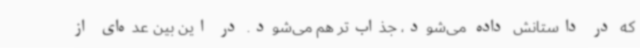
که در داستانش داده می‌شود، جذاب‌تر هم می‌شود. در این بین عده‌ای از